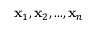
\mathbf { x } _ { 1 } , \mathbf { x } _ { 2 } , . . . , \mathbf { x } _ { n }